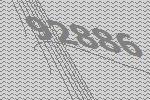
92886